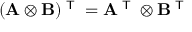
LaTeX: ( \mathbf { A } \otimes \mathbf { B } ) ^ { \textsf { T } } = \mathbf { A } ^ { \textsf { T } } \otimes \mathbf { B } ^ { \textsf { T } }